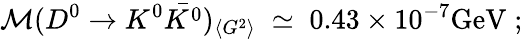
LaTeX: {\cal{M}}(D^{0}\rightarrow K^{0}\bar{K^{0}})_{\langle G^{2}\rangle}\; \simeq\; 0.43\times 10^{-7}\mathrm{GeV}\; ;